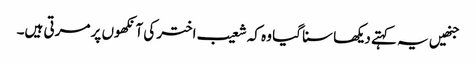
جنھیں یہ کہتے دیکھا سنا گیا وہ کہ شعیب اختر کی آنکھوں پر مرتی ہیں۔